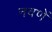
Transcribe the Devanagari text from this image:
नवणें